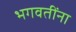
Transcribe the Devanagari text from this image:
भगवतींना